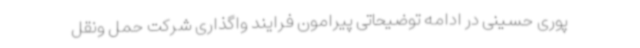
پوری حسینی در ادامه توضیحاتی پیرامون فرایند واگذاری شرکت حمل ونقل